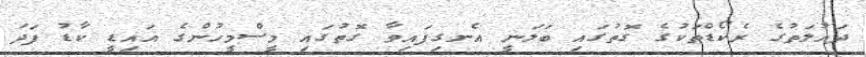
ދައުލަތުގެ ރެކޯޑްތަކުގެ ގޮތުގައި ބަލަނީ އެނގިފައިވާ ގޮތުގައި މީސްމީހުންގެ އައިޑީ ކާޑު ފަދަ